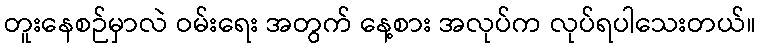
တူးနေစဉ်မှာလဲ ဝမ်းရေး အတွက် နေ့စား အလုပ်က လုပ်ရပါသေးတယ်။